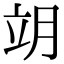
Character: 𦚎